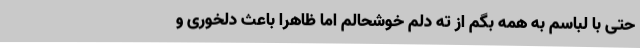
حتی با لباسم به همه بگم از ته دلم خوشحالم اما ظاهراً باعث دلخوری و